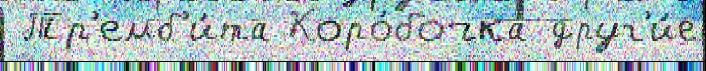
 Тр'емб'и́та Коро́бочка друг'и́е